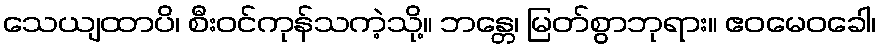
သေယျထာပိ၊ စီးဝင်ကုန်သကဲ့သို့။ ဘန္တေ၊ မြတ်စွာဘုရား။ ဧဝမေဝခေါ၊